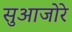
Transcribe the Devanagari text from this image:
सुआजोरे